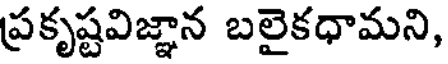
ప్రకృష్టవిజ్ఞాన బలైకధామని,